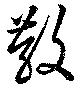
散